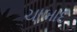
ચાબાદ